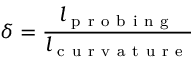
\delta = \frac { l _ { \mathrm { ~ p ~ r ~ o ~ b ~ i ~ n ~ g ~ } } } { l _ { \mathrm { ~ c ~ u ~ r ~ v ~ a ~ t ~ u ~ r ~ e ~ } } }